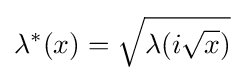
\lambda ^{*}(x)={\sqrt {\lambda (i{\sqrt {x}})}}